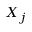
X _ { j }